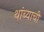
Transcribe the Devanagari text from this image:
थांब्याची